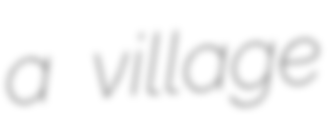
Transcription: a village